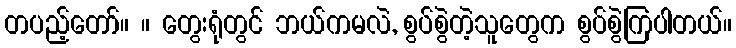
တပည့်တော်။ ။ တွေးရုံတွင် ဘယ်ကမလဲ, စွပ်စွဲတဲ့သူတွေက စွပ်စွဲကြပါတယ်။